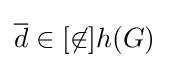
{\overline {d}}\in [\not \in ]h(G)